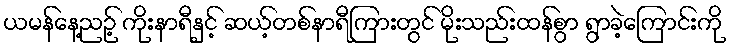
ယမန်နေ့ညဉ့် ကိုးနာရီနှင့် ဆယ့်တစ်နာရီကြားတွင် မိုးသည်းထန်စွာ ရွာခဲ့ကြောင်းကို